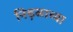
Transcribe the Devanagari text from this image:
निढ़ळाच्या